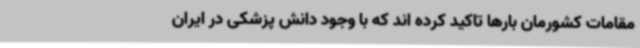
مقامات کشورمان بارها تاکید کرده اند که با وجود دانش پزشکی در ایران